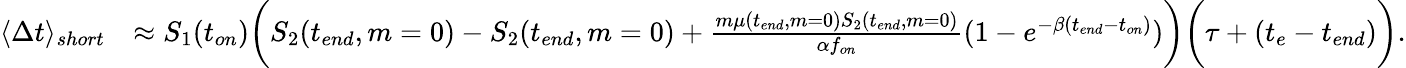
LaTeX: \begin{array}{rl}{\langle\Delta t\rangle_{short}}&{\approx S_{1}(t_{on})\bigg(S_{2}(t_{end},m=0)-S_{2}(t_{end},m=0)+\frac{m\mu(t_{end},m=0)S_{2}(t_{end},m=0)}{\alpha f_{on}}(1-e^{-\beta(t_{end}-t_{on})})\bigg)\bigg(\tau+(t_{e}-t_{end})\bigg).}\end{array}